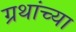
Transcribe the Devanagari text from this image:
ग्रथांच्या